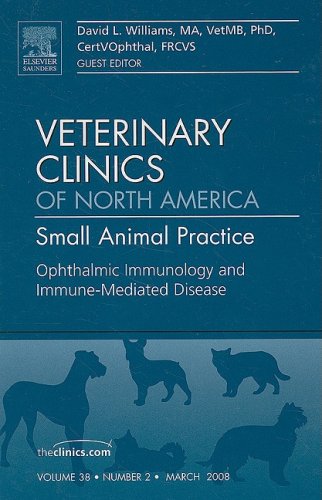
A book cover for Ophthalmic Immunology and Immune-Mediated Disease, An Issue of Veterinary Clinics: Small Animal Practice, 1e (The Clinics: Veterinary Medicine); David A. Williams MA  VetMB  PhD  CertVOpthal  FRCVS; Medical Books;